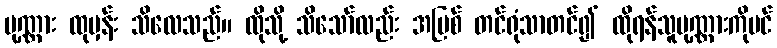
ပုဏ္ဏား ထုမှန်း သိလေသည်။ ထိုသို့ သိသော်လည်း အပြစ် တင်ရုံသာတင်၍ ထိုရန်သူပုဏ္ဏားကိုပင်